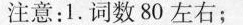
注意：1.词数80左右；